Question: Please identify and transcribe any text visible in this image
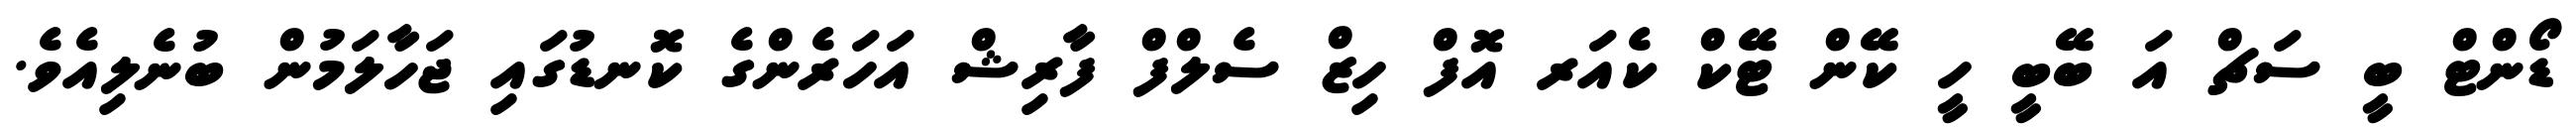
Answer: ޑޯންޓް ބީ ސަޗް އަ ބޭބީ ހީ ކޭން ޓޭކް ކެއަރ އޮފް ހިޒް ސެލްފް ފާރިޝް އަހަރެންގެ ކޮނޑުގައި ޖަހާލަމުން ބުނެލިއެވެ.